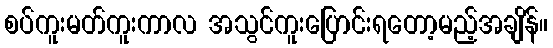
စပ်ကူးမတ်ကူးကာလ အသွင်ကူးပြောင်းရတော့မည့်အချိန်။